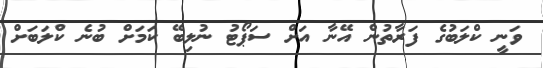
ވަނީ ކްލަބުގެ ފަރާތުން އޭނާ އަށް ސަޕޯޓު ނުލިބޭ ކަމަށް ބުނެ ކްލަބަށް